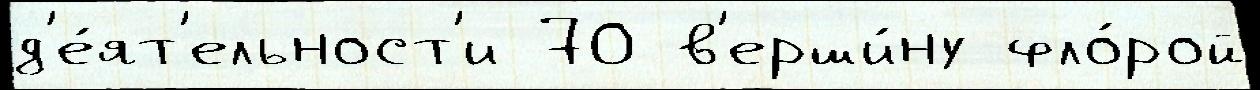
д'е́ят'ельност'и 70 в'ерши́ну фло́рой